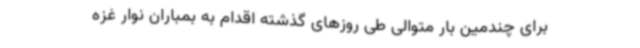
برای چندمین بار متوالی طی روزهای گذشته اقدام به بمباران نوار غزه